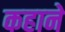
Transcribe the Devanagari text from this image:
कहाने